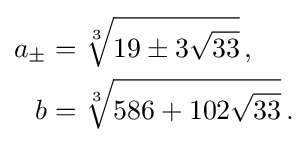
{\begin{aligned}a_{\pm }&={\sqrt[{3}]{19\pm 3{\sqrt {33}}}}\,,\\b&={\sqrt[{3}]{586+102{\sqrt {33}}}}\,.\end{aligned}}